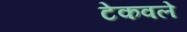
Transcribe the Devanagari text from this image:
टेकवले